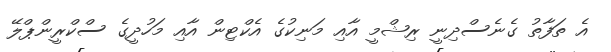
އެ ތަފާތު ގެނެސްދިނީ ރިޝްމީ އާއި މަނިކުގެ އެކްޓިން އާއި މަހުދީގެ ސްކްރީންޕްލޭ